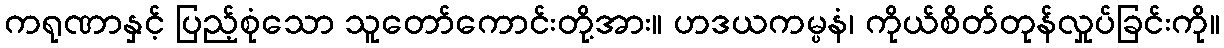
ကရုဏာနှင့် ပြည့်စုံသော သူတော်ကောင်းတို့အား။ ဟဒယကမ္ပနံ၊ ကိုယ်စိတ်တုန်လှုပ်ခြင်းကို။